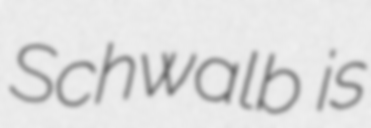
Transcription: Schwalb is